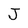
Character: J